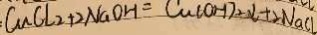
C u C l _ { 2 } + 2 N a O H = C u ( O H ) _ { 2 } \downarrow + 2 N a C l